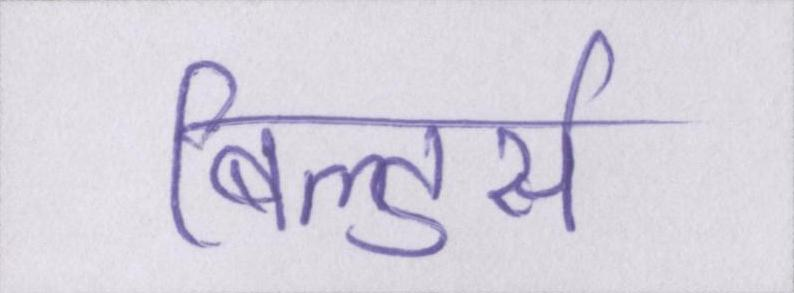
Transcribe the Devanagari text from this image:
बिल्डर्स